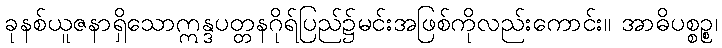
ခုနစ်ယူဇနာရှိသောဣန္ဒပတ္တနဂိုရ်ပြည်၌မင်းအဖြစ်ကိုလည်းကောင်း။ အာဓိပစ္စဉ္စ၊